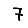
Digit: 7